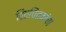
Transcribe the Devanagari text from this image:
हितचिंतकांचा